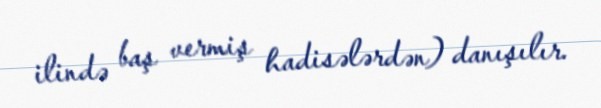
ilində baş vermiş hadisələrdən) danışılır.